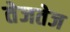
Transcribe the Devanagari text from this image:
तेजतेज